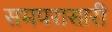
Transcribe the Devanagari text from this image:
समपरासारी